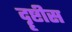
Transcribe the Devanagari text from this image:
दॄष्टीस